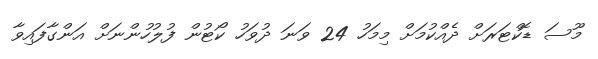
މޫސަ ޑޮކްޓަރަށް ދެއްކުމަށް މިމަހު 24 ވަނަ ދުވަހު ކޯޓުން ފުލުހުންނަށް އަންގާފައިވާ